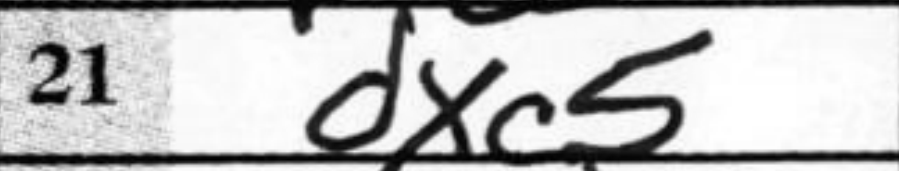
Transcription: dxc5